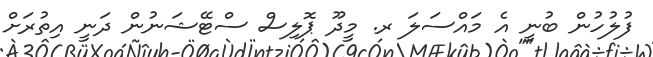
ފުލުހުން ބުނީ އެ މައްސަލަ ރ. މީދޫ ޕޮލިސް ސްޓޭޝަނުން ދަނީ އިތުރަށް